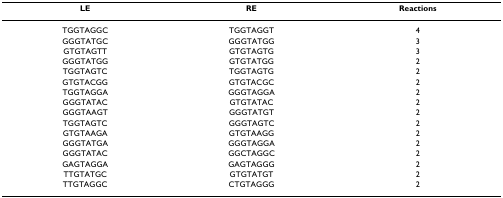
<table><thead><tr><td><b>LE</b></td><td><b>RE</b></td><td><b>Reactions</b></td></tr></thead><tbody><tr><td>TGGTAGGC</td><td>TGGTAGGT</td><td>4</td></tr><tr><td>GGGTATGC</td><td>GGGTATGG</td><td>3</td></tr><tr><td>GTGTAGTT</td><td>GTGTAGTG</td><td>3</td></tr><tr><td>GGGTATGG</td><td>GTGTATGG</td><td>2</td></tr><tr><td>TGGTAGTC</td><td>TGGTAGTG</td><td>2</td></tr><tr><td>GTGTACGG</td><td>GTGTACGC</td><td>2</td></tr><tr><td>TGGTAGGA</td><td>GGGTAGGA</td><td>2</td></tr><tr><td>GGGTATAC</td><td>GTGTATAC</td><td>2</td></tr><tr><td>GGGTAAGT</td><td>GGGTATGT</td><td>2</td></tr><tr><td>TGGTAGTC</td><td>GGGTAGTC</td><td>2</td></tr><tr><td>GTGTAAGA</td><td>GTGTAAGG</td><td>2</td></tr><tr><td>GGGTATGA</td><td>GGGTAGGA</td><td>2</td></tr><tr><td>GGGTATAC</td><td>GGCTAGGC</td><td>2</td></tr><tr><td>GAGTAGGA</td><td>GAGTAGGG</td><td>2</td></tr><tr><td>TTGTATGC</td><td>GTGTATGT</td><td>2</td></tr><tr><td>TTGTAGGC</td><td>CTGTAGGG</td><td>2</td></tr></tbody></table>